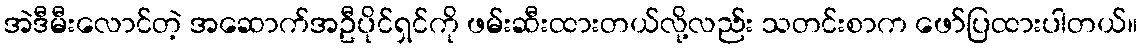
အဲဒီမီးလောင်တဲ့ အဆောက်အဦပိုင်ရှင်ကို ဖမ်းဆီးထားတယ်လို့လည်း သတင်းစာက ဖော်ပြထားပါတယ်။